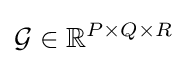
{\mathcal {G}}\in \mathbb {R} ^{P\times Q\times R}